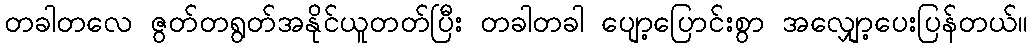
တခါတလေ ဇွတ်တရွတ်အနိုင်ယူတတ်ပြီး တခါတခါ ပျော့ပြောင်းစွာ အလျှော့ပေးပြန်တယ်။